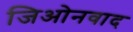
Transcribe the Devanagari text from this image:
जिओनवाद